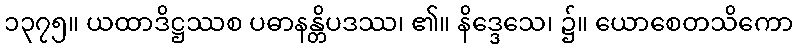
၁၃၇၅။ ယထာဒိဋ္ဌဿစ ပဓာနန္တိပဒဿ၊ ၏။ နိဒ္ဒေသေ၊ ၌။ ယောစေတသိကော